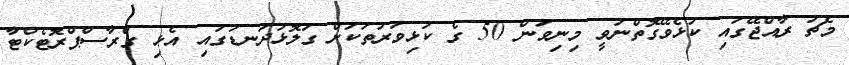
މެޗު ރާއްޖޭގައި ކުޅެވޭގޮތްނުވީ މިނިވަން 50 ގެ ކުޅިވަރުތަކަށް ގަލޮޅުދަނޑުގައި އެޅި ގްރާސްޕްރޮޓެކްޓާ